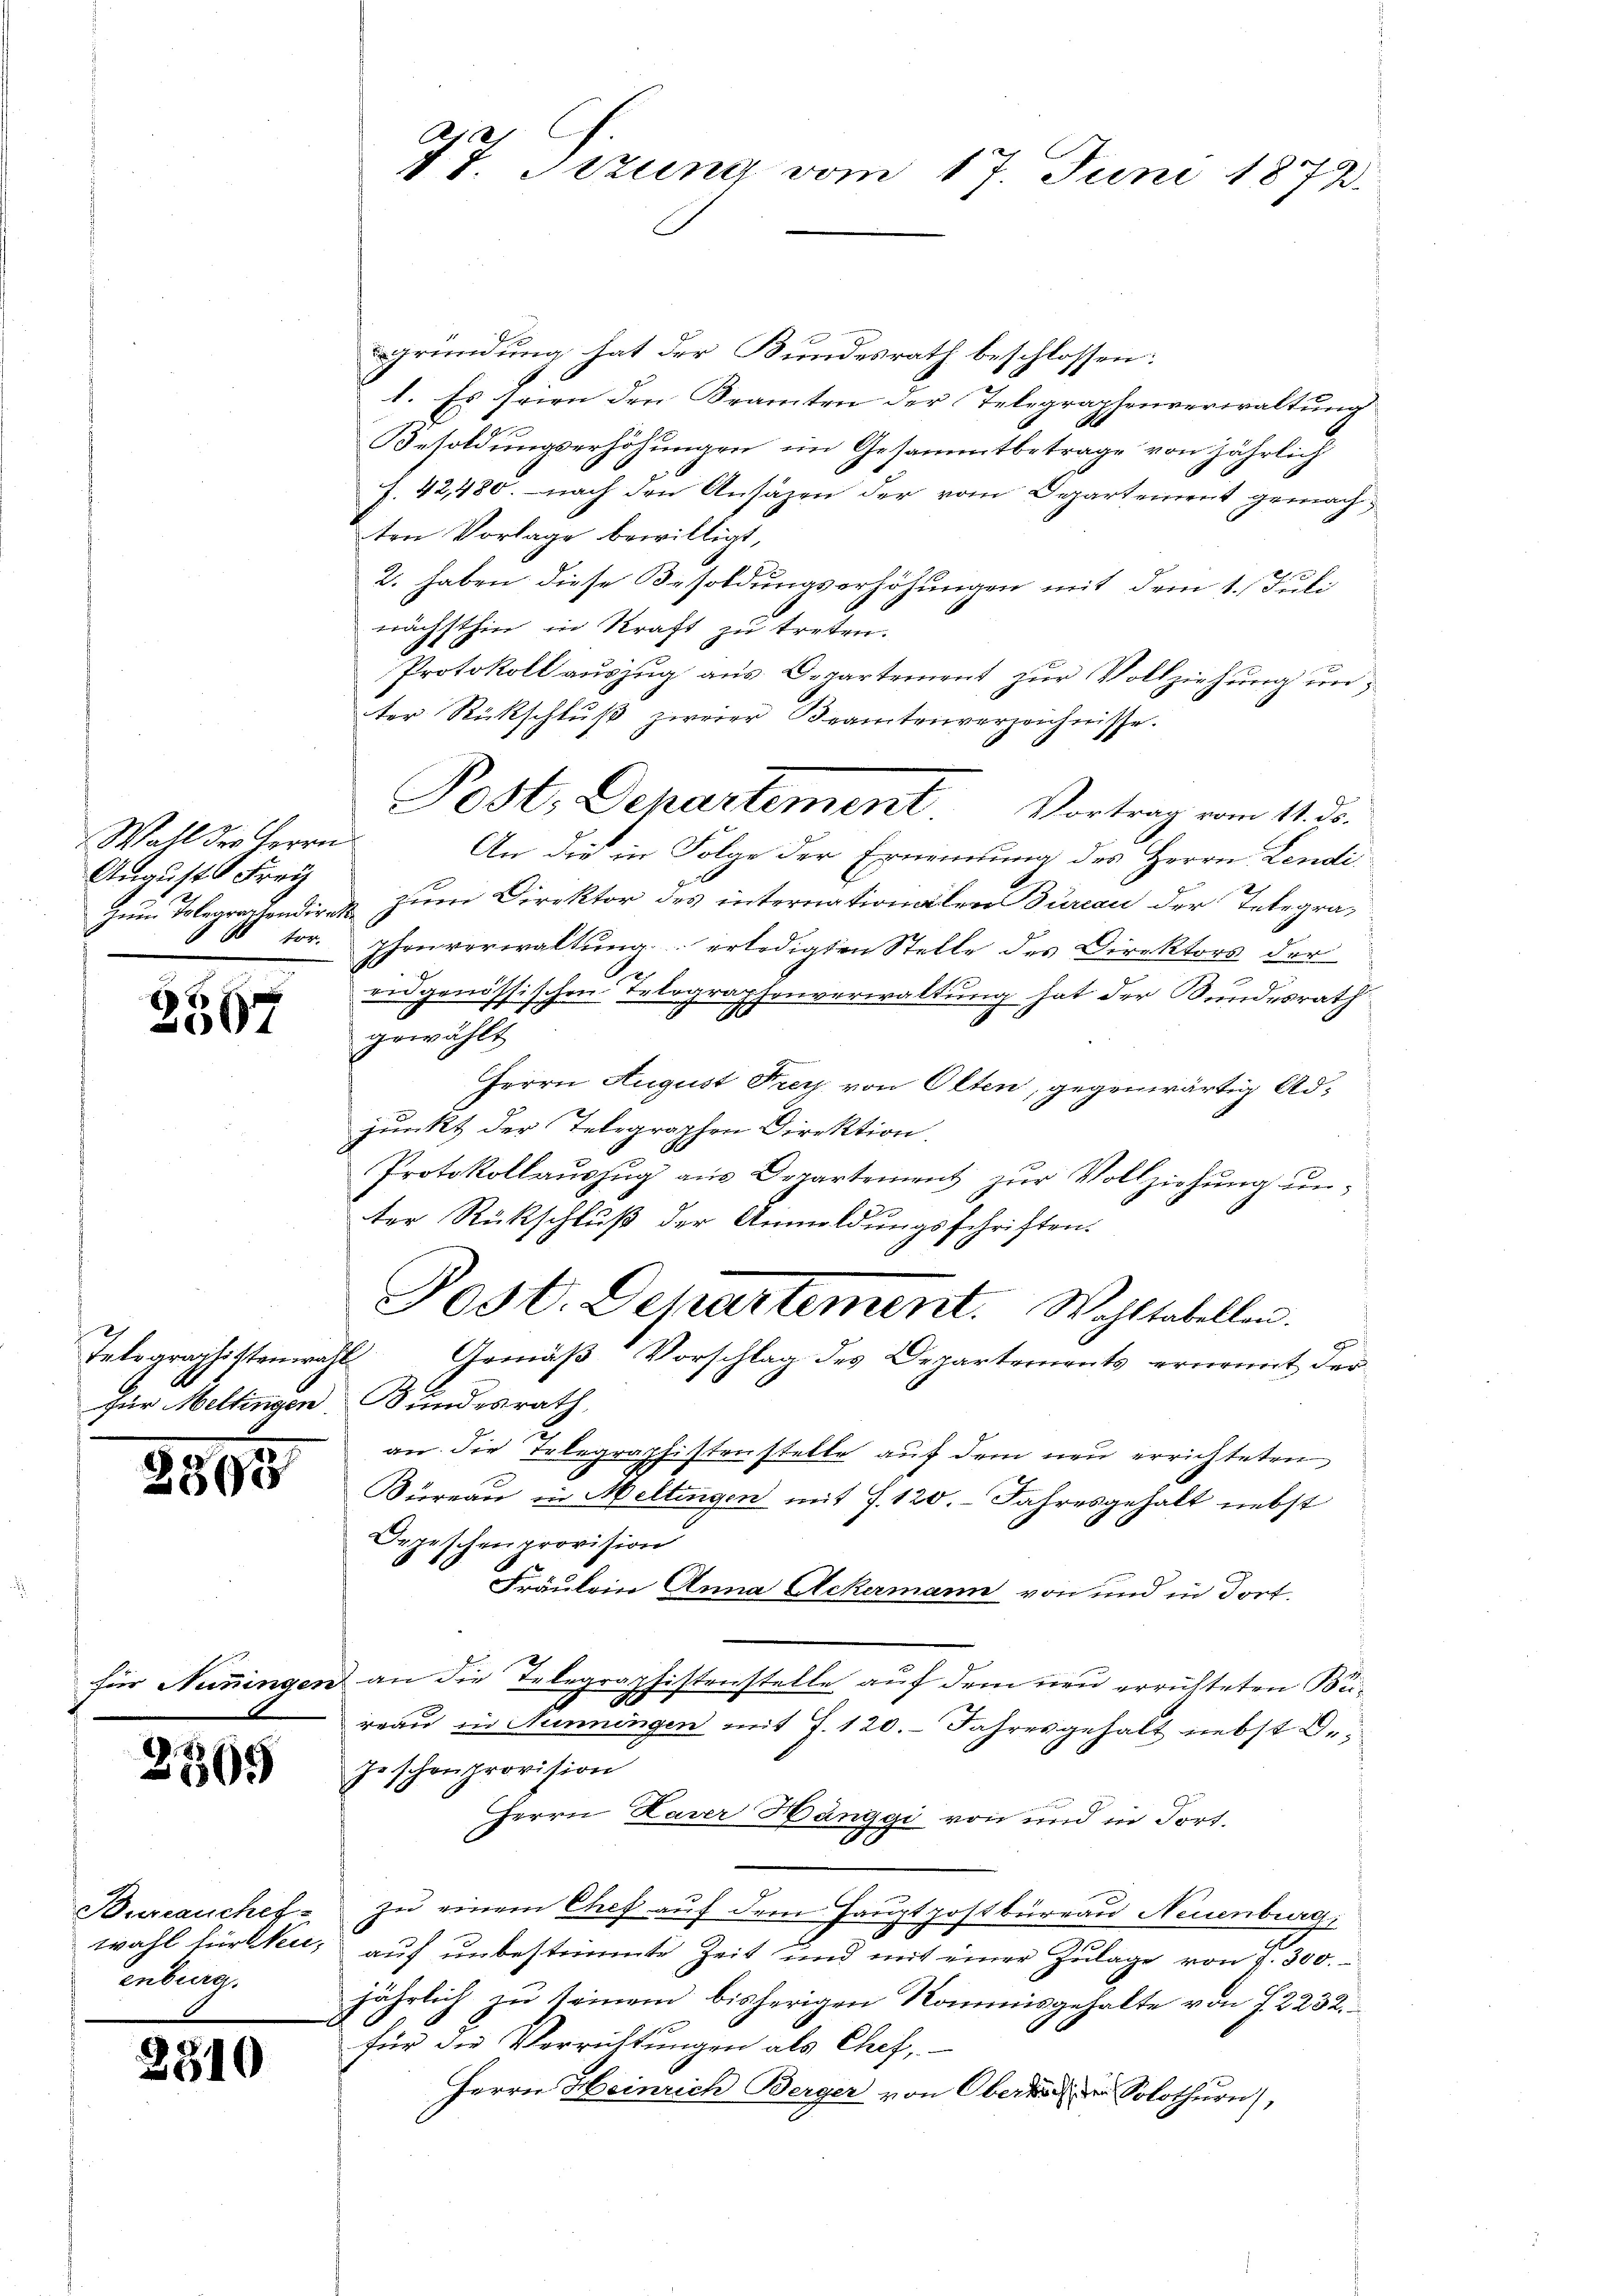
Wall der Herrn
August Frey
tor.

3567

Telegraphistenwall

2505

230.

Bureauchef
wahl für keienberg.

2310

77 Sizung vom 17. Juni 1873.

gründung hat der Bundesrath beschlossen:
1. Es seien den Beamten der Telegraphenverwaltung
Besoldungserhöhungen im Gesammtbetrage von jährlich
J. 42, 480. nach den Ansäzen der vom Departement gemachten Vorlage bewilligt,
2. haben diese Besoldungserhöhungen mit dem 1. Juli
nächsthin in Kraft zu treten.
Protokoll auszug aus Departement zur Vollziehung unter Rückschluß zweier Beamtenverzeichnisse.
An die in Folge der Ernennung des Herrn Lendizum Tolegraphendiret zum Direktor des internationalen Bureau der Telegraphenverwaltung erledigten Stelle des Direktors der
.
eidgenössischen Telographenverwaltung hat der Bundesrath

gewählt
Herrn August Frey von Olten, gegenwärtig Adjunkt der Telegraphen Direktion.
1
Protokollaŭszŭg aŭs Departement zŭr Vollziehung unter Rückschluß der Anmeldungsschriften.
Post. Departement. Wohltabellen.
Gemäß Vorschlag des Departements ernennt der
für Meltingen Bundesrath,
an die Telegraphistenstelle auf dem neu errichteten
Büreau in Mellingen mit S. 120. Jahresgehalt nebst
Depeschenprovision
Fräulein Anna Ackermann von und in dort.
für Nüningen an die Telegraphistenstelle auf dem neu errichteten Bereau in Hunningen mit J. 120. Jahresgehalt nebst d.
Joschenprovision
Herrn Daver Hänggi von und in Fort.
zu einem Chef auf dem Hauptpostbüreau Neuenburgi
d
auf unbestimmte Zeit und mit einer Zulage von 1. 300.
jährlich zu seinem bisherigen Kommisgehalte von f. 2232.
für die Verrichtungen als Chef,
Herrn Heinrich Berger von Obert der Solothurn,

Post, Departement. Vortrag vom 1. ds.